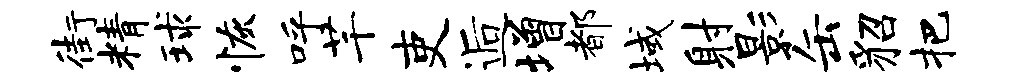
街精球恢呼芊吏逅增都域射影缶貂把